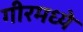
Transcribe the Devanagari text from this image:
गीरमध्ये